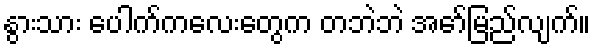
နွားသား ပေါက်ကလေးတွေက တဘဲဘဲ အော်မြည်လျက်။